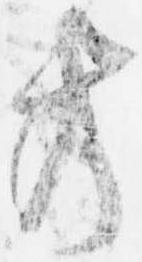
方